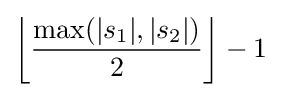
\left\lfloor {\frac {\max(|s_{1}|,|s_{2}|)}{2}}\right\rfloor -1